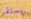
يستقر